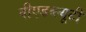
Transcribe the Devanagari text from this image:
वीएडब्ल्यूटी